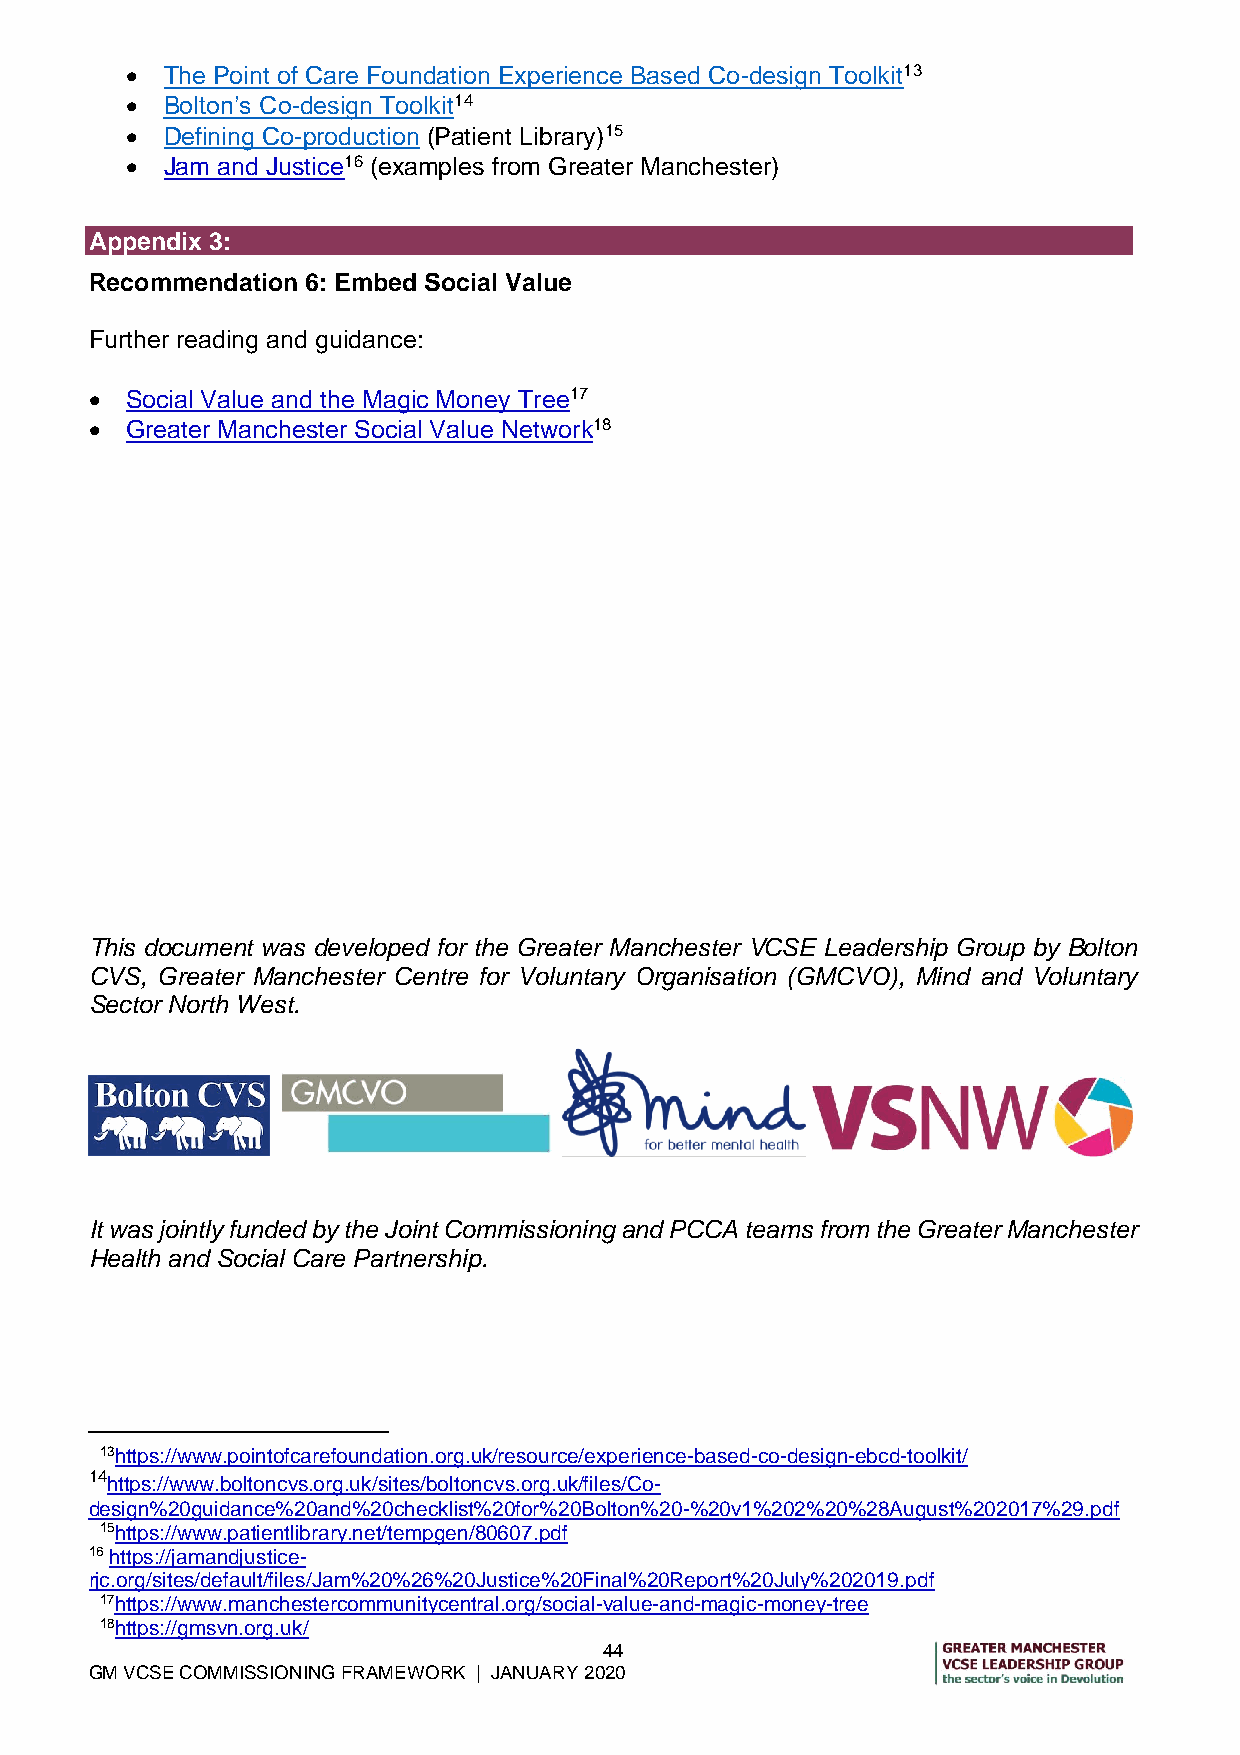
  The Point of Care Foundation Experience Based Co-design Toolkit13
   Bolton’s Co-design Toolkit14
   Defining Co-production (Patient Library)15
   Jam and Justice16 (examples from Greater Manchester)
 Appendix 3:
 Recommendation 6: Embed Social Value
 Further reading and guidance:
  Social Value and the Magic Money Tree17
  Greater Manchester Social Value Network18
 This document was developed for the Greater Manchester VCSE Leadership Group by Bolton
 CVS, Greater Manchester Centre for Voluntary Organisation (GMCVO), Mind and Voluntary
 Sector North West.
 It was jointly funded by the Joint Commissioning and PCCA teams from the Greater Manchester
 Health and Social Care Partnership.
 13https://www.pointofcarefoundation.org.uk/resource/experience-based-co-design-ebcd-toolkit/
 14https://www.boltoncvs.org.uk/sites/boltoncvs.org.uk/files/Co-
 design%20guidance%20and%20checklist%20for%20Bolton%20-%20v1%202%20%28August%202017%29.pdf
 15https://www.patientlibrary.net/tempgen/80607.pdf
 16 https://jamandjustice-
 rjc.org/sites/default/files/Jam%20%26%20Justice%20Final%20Report%20July%202019.pdf
 17https://www.manchestercommunitycentral.org/social-value-and-magic-money-tree
 18https://gmsvn.org.uk/
 44
 GM VCSE COMMISSIONING FRAMEWORK | JANUARY 2020